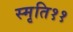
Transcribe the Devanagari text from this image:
स्मृति११